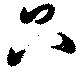
只